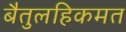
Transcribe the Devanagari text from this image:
बैतुलहिकमत